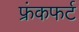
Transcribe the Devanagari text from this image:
फ्रंकफर्ट